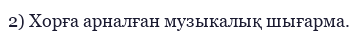
2) Хорға арналған музыкалық шығарма.